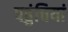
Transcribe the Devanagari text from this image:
पहुंचियां